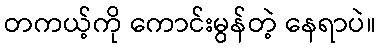
တကယ့်ကို ကောင်းမွန်တဲ့ နေရာပဲ။